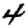
Digit: 4